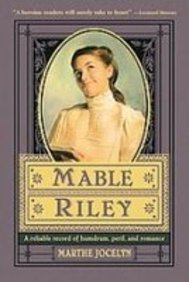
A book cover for Mable Riley: A Reliable Record of Humdrum, Peril, and Romance; Marthe Jocelyn; Teen & Young Adult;